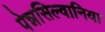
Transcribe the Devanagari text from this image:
पेन्नसिल्वानिया